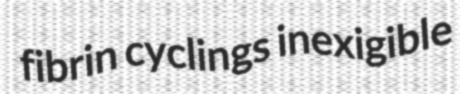
fibrin cyclings inexigible